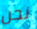
نحن